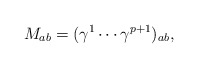
\begin{align*}M_{ab} = (\gamma^1 \cdots \gamma^{p+1})_{ab},\end{align*}